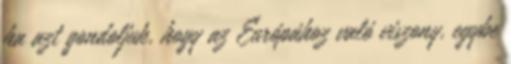
ha azt gondoljuk, hogy az Európához való viszony, egybe